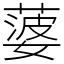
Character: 蔢